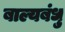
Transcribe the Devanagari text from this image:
बाल्यबंधु